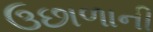
ઉછાળાની